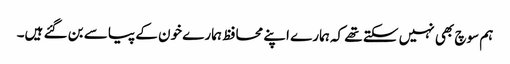
ہم سوچ بھی نہیں سکتے تھے کہ ہمارے اپنے محافظ ہمارے خون کے پیاسے بن گئے ہیں۔